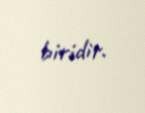
biridir.